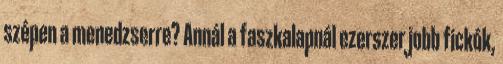
szépen a menedzserre? Annál a faszkalapnál ezerszer jobb fickók,